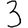
Digit: 3